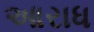
આરાધ